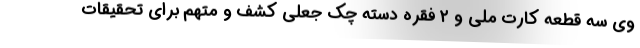
وی سه قطعه کارت ملی و ۲ فقره دسته چک جعلی کشف و متهم برای تحقیقات